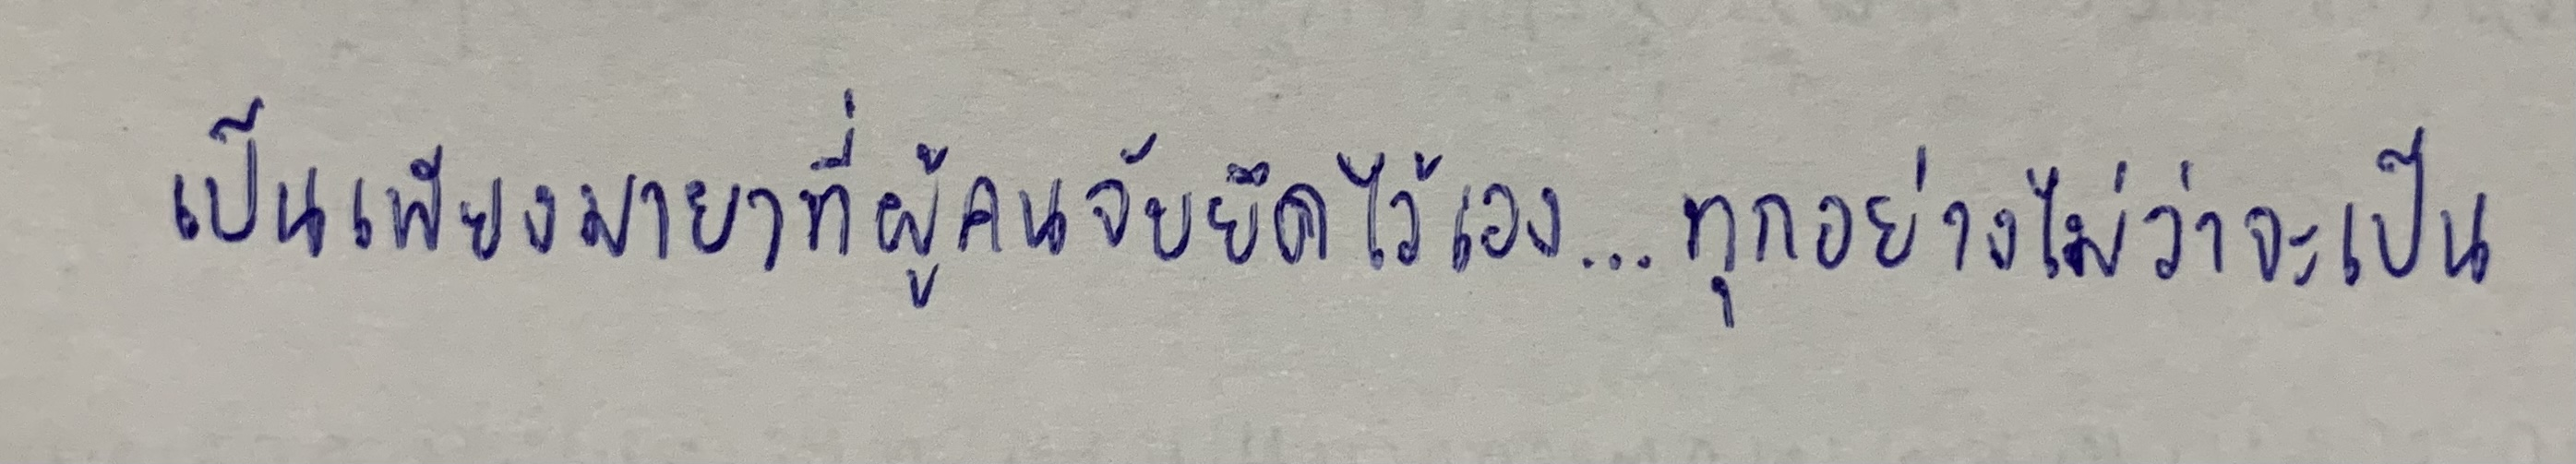
เป็นเพียงมายาที่ผู้คนจับยึดไว้เอง...ทุกอย่างไม่ว่าจะเป็น